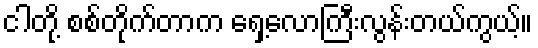
ငါတို့ စစ်တိုက်တာက ရှေ့လောကြီးလွန်းတယ်ကွယ့်။